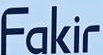
Fakir